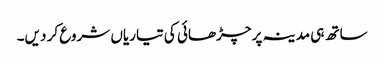
ساتھ ہی مدینہ پر چڑھائی کی تیاریاں شروع کر دیں۔